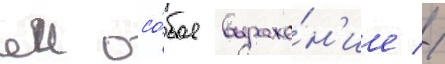
еи осо́бое выраже́н'ие //